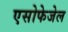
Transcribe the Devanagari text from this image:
एसोफेजेल